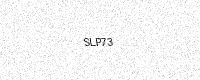
Text: SLP73